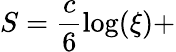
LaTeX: S=\frac{c}{6}\log(\xi)+